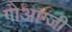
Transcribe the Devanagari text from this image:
गोआग्जी